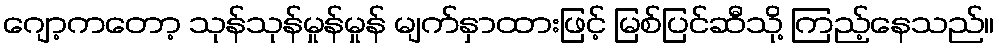
ဂျော့ကတော့ သုန်သုန်မှုန်မှုန် မျက်နှာထားဖြင့် မြစ်ပြင်ဆီသို့ ကြည့်နေသည်။